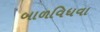
બાળવિધવા